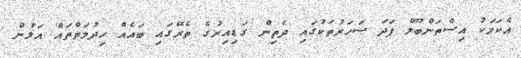
އެކަމަކު އިސްތަންބޫލް ފަދަ ސަހަރުތަކުގައި ދެތިން ގަޑިއިރުގެ ތެރޭގައި ބައެއް ހިދުމަތްތައް އަލުން